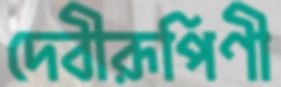
দেবীরূপিণী